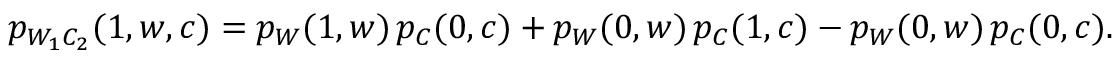
\begin{array} { r } { p _ { W _ { 1 } C _ { 2 } } ( 1 , w , c ) = p _ { W } ( 1 , w ) \, p _ { C } ( 0 , c ) + p _ { W } ( 0 , w ) \, p _ { C } ( 1 , c ) - p _ { W } ( 0 , w ) \, p _ { C } ( 0 , c ) . } \end{array}